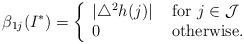
LaTeX: \begin{align*} \beta_{1j}(I^*) = \left\{ \begin{array}{ll} |\triangle^2h(j) | &\mbox{ for }j\in \mathcal J\\ 0 &\mbox{ otherwise. } \end{array} \right. \end{align*}